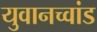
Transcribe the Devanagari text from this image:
युवानच्वांड